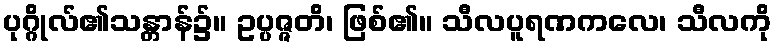
ပုဂ္ဂိုလ်၏သန္တာန်၌။ ဥပ္ပဇ္ဇတိ၊ ဖြစ်၏။ သီလပူရဏကလေ၊ သီလကို